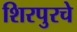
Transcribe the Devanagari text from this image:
शिरपुरचे